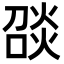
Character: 𪹑